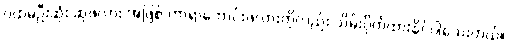
ပထမဦးဆုံး ဆုဖလား အဖြစ် ကာရာဘောင်းဖလားကိုလည်း သိမ်းပိုက်ထားနိုင်ပါသေးတယ်။